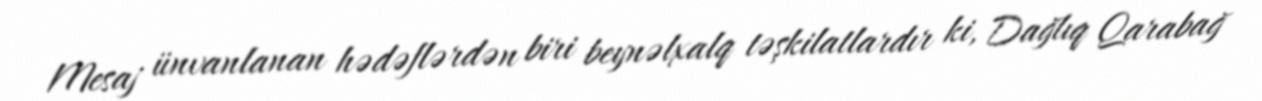
Mesaj ünvanlanan hədəflərdən biri beynəlxalq təşkilatlardır ki, Dağlıq Qarabağ